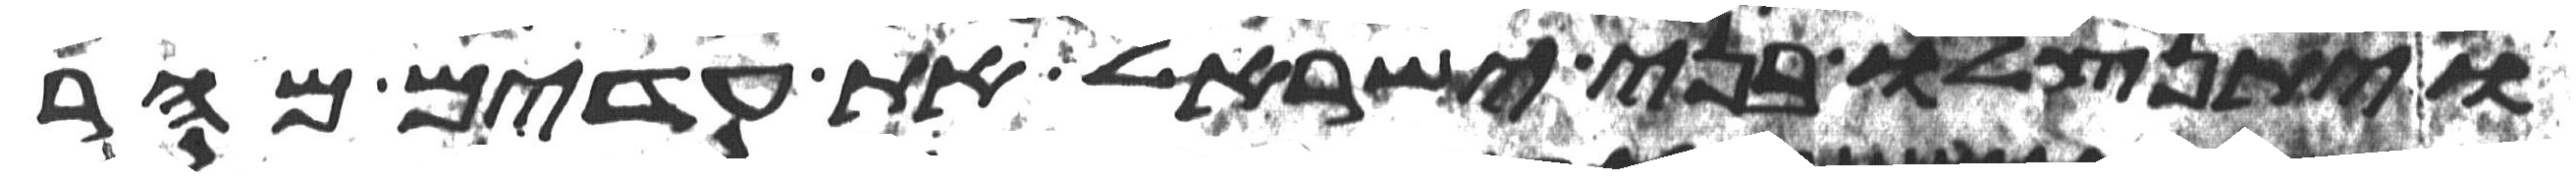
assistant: ויתנצלו בני ישראל את עדים מהר